Indian journal of veterinary science and animal husbandry - Volume 12,
Year: 1942
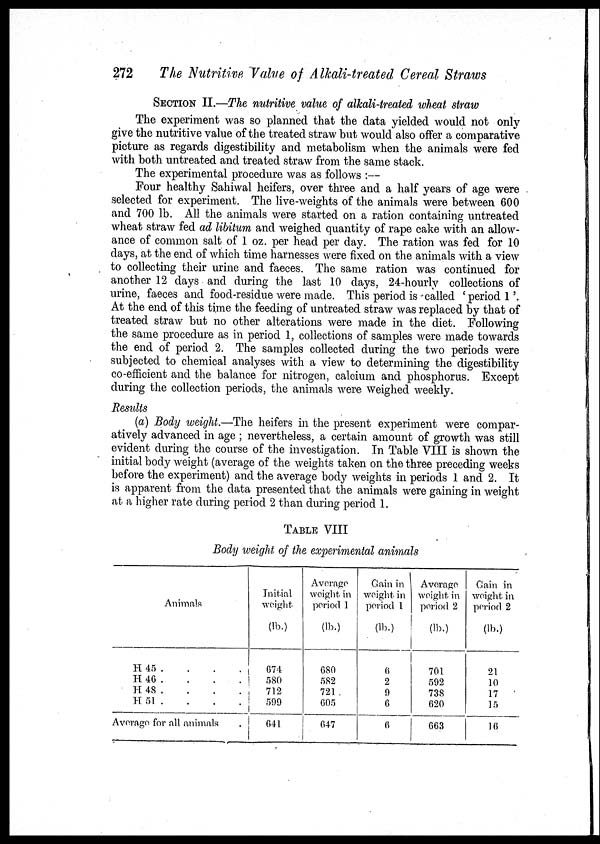
272
The Nutritive Value of Alkali-treated Cereal Straws
SECTION II.—The nutritive value of alkali-treated wheat straw
The experiment was so planned that the data yielded would not only
give the nutritive value of the treated straw but would also offer a comparative
picture as regards digestibility and metabolism when the animals were fed
with both untreated and treated straw from the same stack.
The experimental procedure was as follows :—
Four healthy Sahiwal heifers, over three and a half years of age were
selected for experiment. The live-weights of the animals were between 600
and 700 lb. All the animals were started on a ration containing untreated
wheat straw fed ad libitum and weighed quantity of rape cake with an allow-
ance of common salt of 1 oz. per head per day. The ration was fed for 10
days, at the end of which time harnesses were fixed on the animals with a view
to collecting their urine and faeces. The same ration was continued for
another 12 days and during the last 10 days, 24-hourly collections of
urine, faeces and food-residue were made. This period is called ' period 1 '.
At the end of this time the feeding of untreated straw was replaced by that of
treated straw but no other alterations were made in the diet. Following
the same procedure as in period 1, collections of samples were made towards
the end of period 2. The samples collected during the two periods were
subjected to chemical analyses with a view to determining the digestibility
co-efficient and the balance for nitrogen, calcium and phosphorus. Except
during the collection periods, the animals were weighed weekly.
Results
(a) Body weight.—The heifers in the present experiment were compar-
atively advanced in age ; nevertheless, a certain amount of growth was still
evident during the course of the investigation. In Table VIII is shown the
initial body weight (average of the weights taken on the three preceding weeks
before the experiment) and the average body weights in periods 1 and 2. It
is apparent from the data presented that the animals were gaining in weight
at a higher rate during period 2 than during period 1.
TABLE VIII
Body weight of the experimental animals
Animals
H 45
.
.
.
.
H
46
.
.
.
.
H 48 . . . .
H 51
.
.
.
.
Average for all animals .
Initial
weight
(lb.)
674
580
712
599
641
Average
weight in
period I
(lb.)
680
582
721
605
647
Gain in
weight in
period I
(lb.)
6
2
9
6
6
Average
weight in
period 2
(lb.)
701
592
738
620
663
Gain in
weight in
period 2
(lb.)
21
10
17
15
16